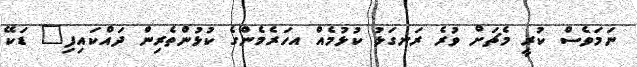
ނަމަވެސް ކުރީ މެޗަށް ވުރެ ރަނގަޅު ކުޅުމެއް އހަރެމެންގެ ކުޅުންތެރިން ދައްކައިފި" ޑަކޭ